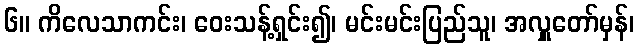
၆။ ကိလေသာကင်း၊ ဝေးသန့်ရှင်း၍၊ မင်းမင်းပြည်သူ၊ အလှူတော်မှန်၊